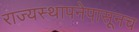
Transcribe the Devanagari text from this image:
राज्यस्थापनेपासूनच